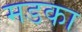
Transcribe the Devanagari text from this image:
मडका